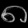
Digit: ၈